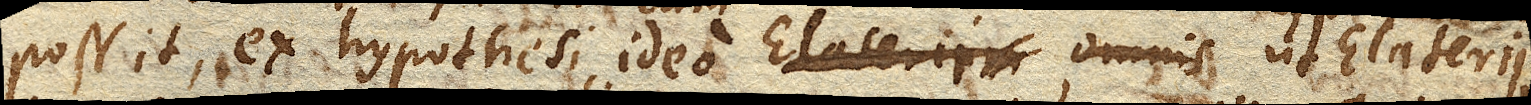
possit, ex hypothesi, ideo ut Elaterii